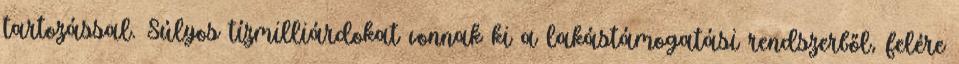
tartozással. Súlyos tízmilliárdokat vonnak ki a lakástámogatási rendszerből, felére